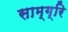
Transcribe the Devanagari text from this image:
साम्ग्रि